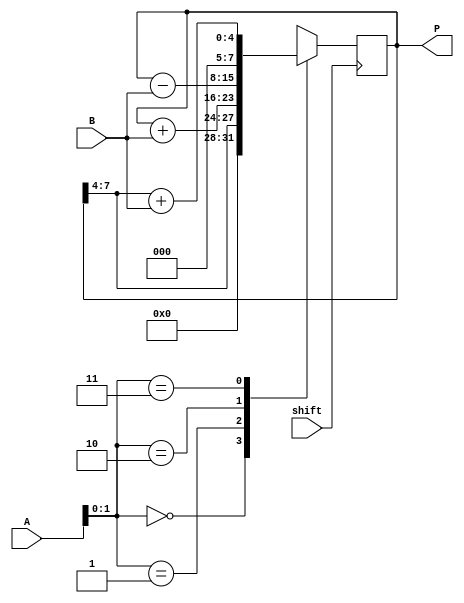
module booth_multiplier (
    input [3:0] A,
    input [3:0] B,
    input shift,
    output reg [7:0] P
);

reg [7:0] partial_product;

always @(posedge shift) begin
    case(A[0:1])
        2'b00: begin
            partial_product <= {4'b0, partial_product[7:4]};
        end
        2'b01: begin
            partial_product <= partial_product + {4'b0, B};
        end
        2'b10: begin
            partial_product <= partial_product - {4'b0, B};
        end
        2'b11: begin
            partial_product <= {4'b0, partial_product[7:4]} + {4'b0, B};
        end
    endcase
end

assign P = partial_product;

endmodule